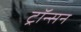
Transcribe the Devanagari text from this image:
ट्रॉन्सन